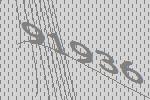
91936